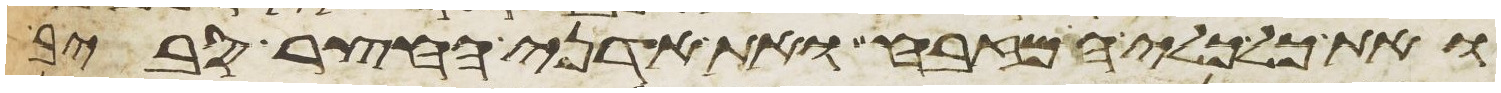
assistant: ואת כל כלי המזבח ואת אדני החצר סביב